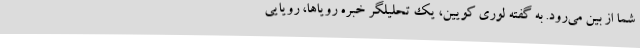
شما از بین می‌رود. به گفته لوری کویین، یک تحلیلگر خبره رویاها، رویایی